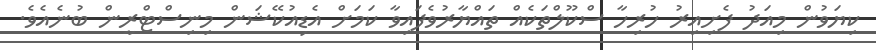
ކިޔަވުން މިއަދު ފެށިއިރު ހުރިހާ ސްކޫލްތަކެއް ތައްޔާރުވެފައިވާ ކަމަށް އެޑިއުކޭޝަން މިނިސްޓްރީން ބުނެއެވެ.